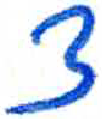
אות: צ